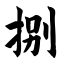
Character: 捌